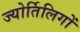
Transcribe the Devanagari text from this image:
ज्योर्तिलिगों